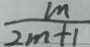
\frac { m } { 2 m + 1 }